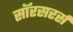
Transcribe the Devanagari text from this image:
सॉरसरर्स